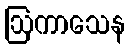
ဩကာသေန